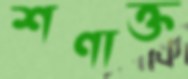
শণাক্ত